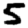
Digit: 5